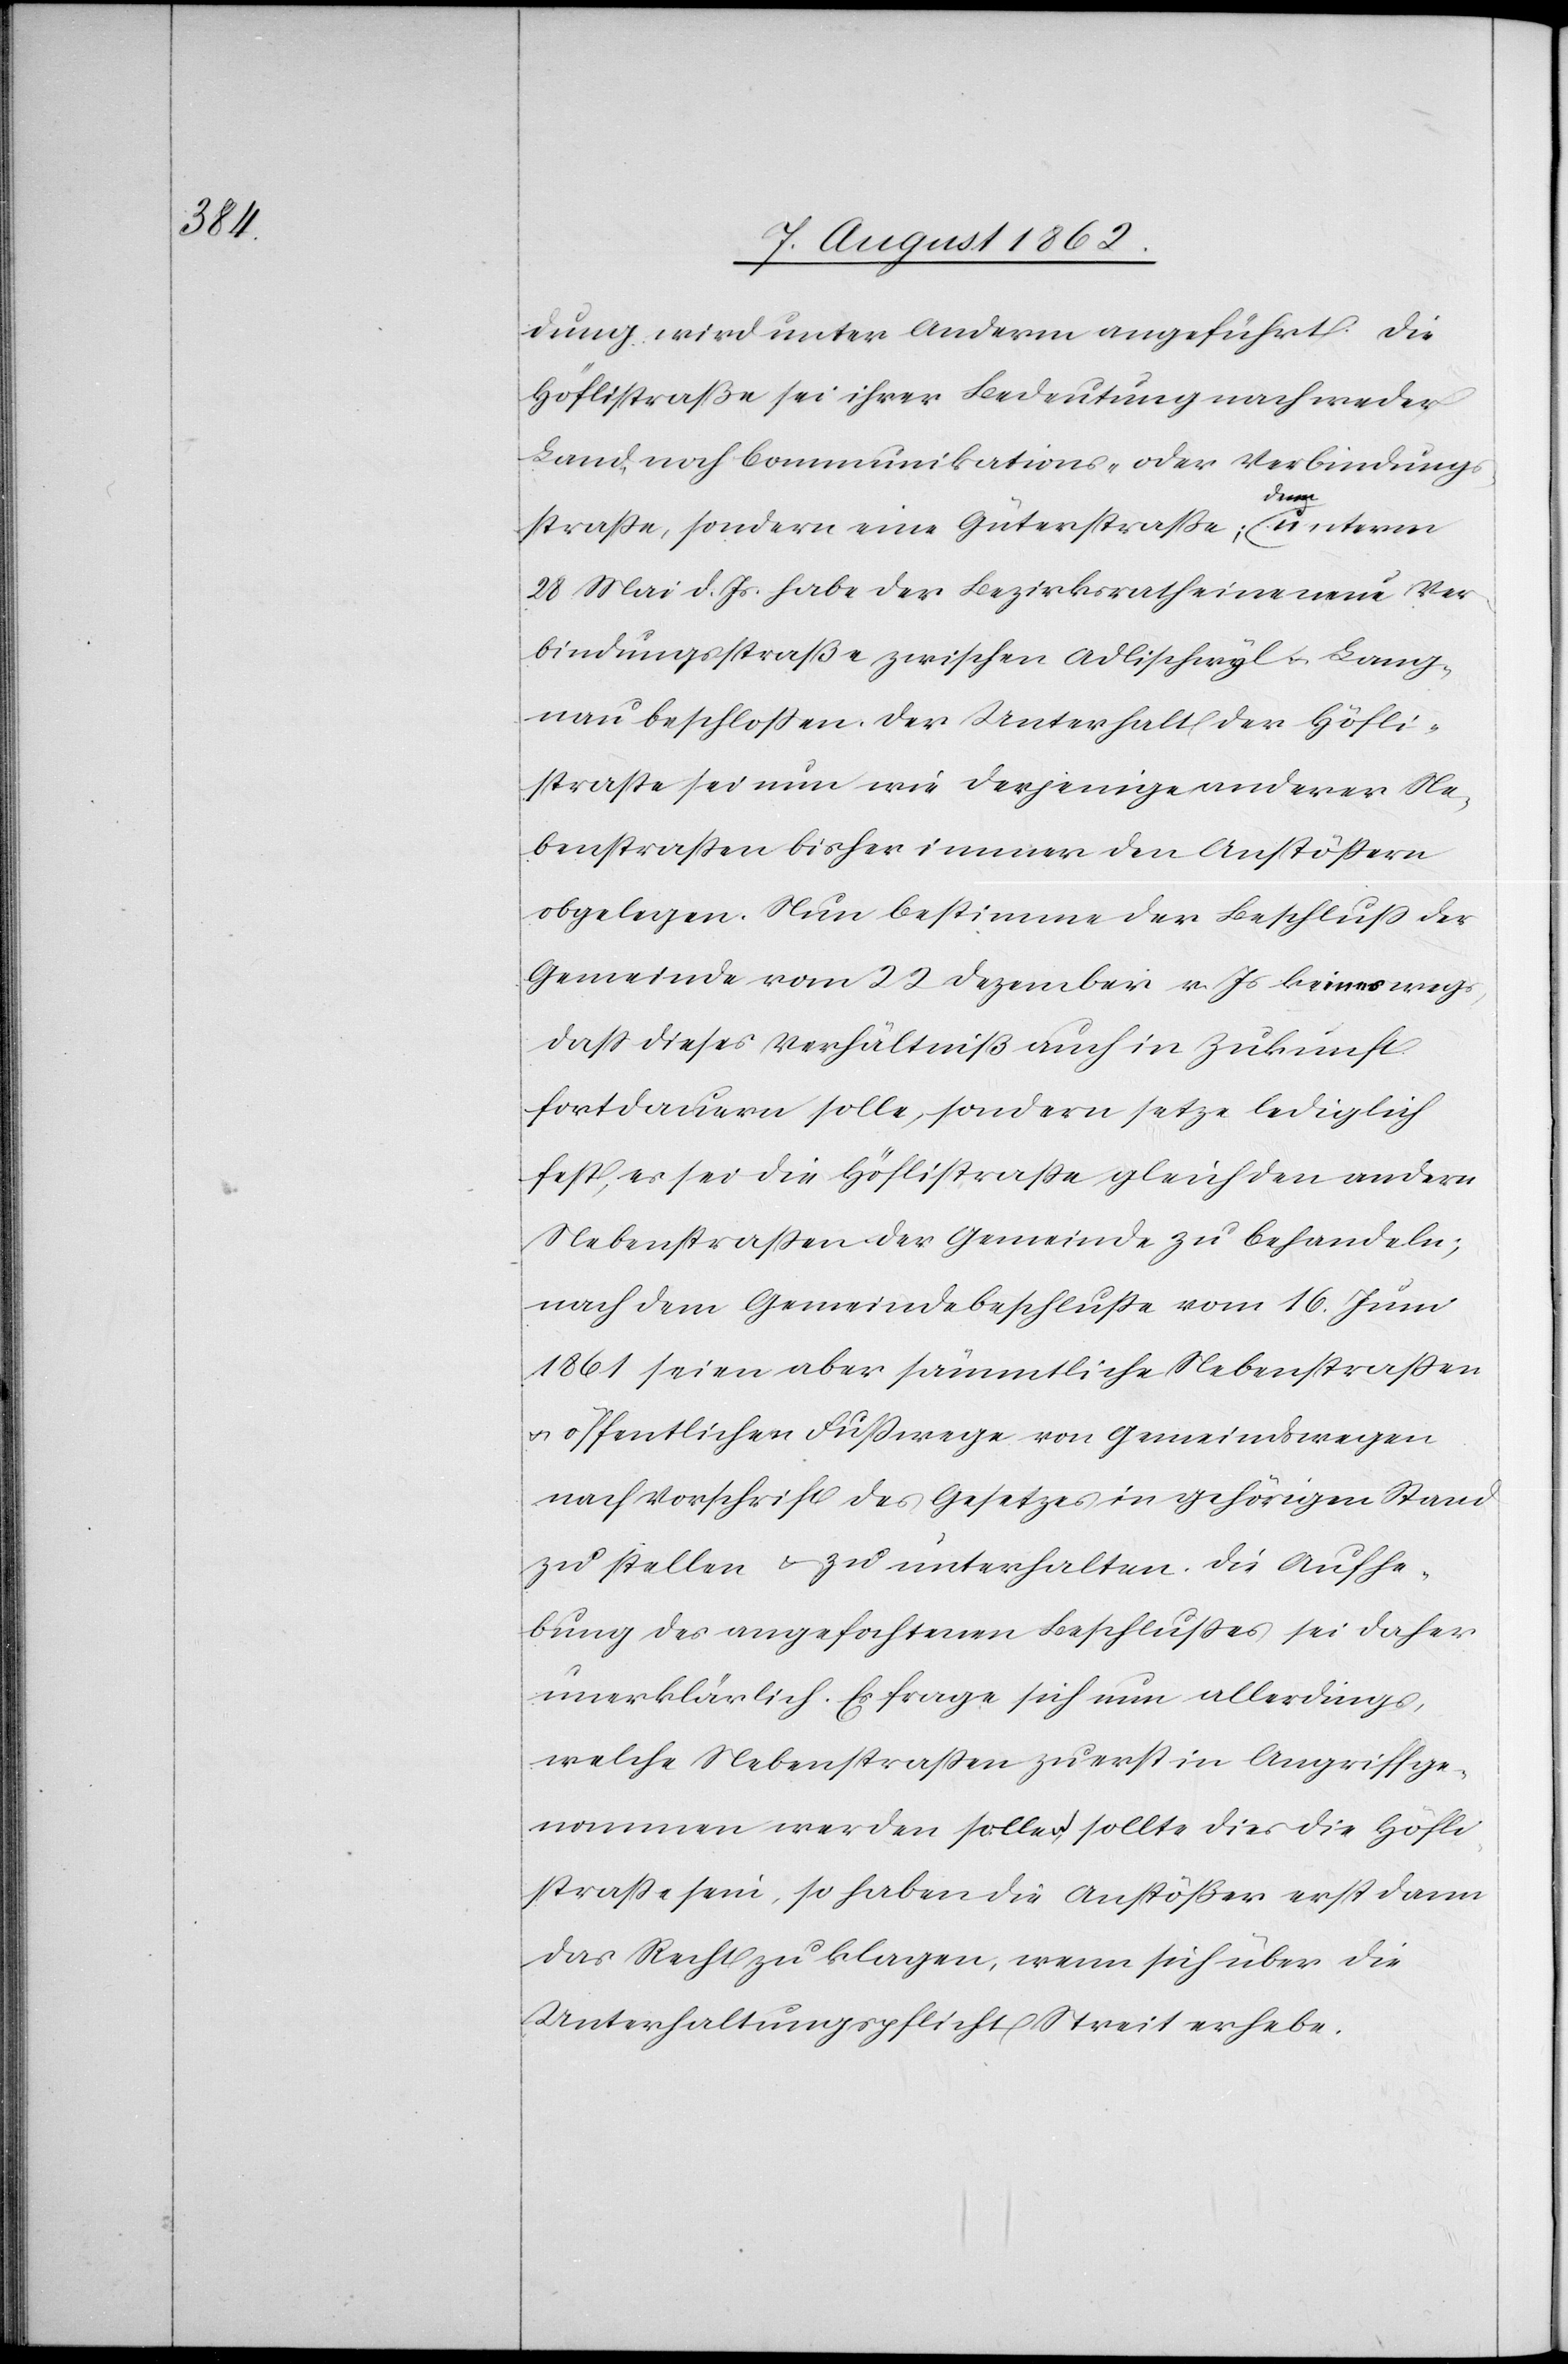
dung wird unter Anderm angeführt: Die
Höflistraße sei ihrer Bedeutung nach weder
Land- noch Communikations- oder Verbindungs¬
straße, sondern eine Güterstraße; denn unterm
28. Mai d. Js. habe der Bezirksrath eine neue Ver¬
bindungsstraße zwischen Adlischwyl [sic!] u. Lang¬
nau beschlossen. Der Unterhalt der Höfli¬
straße sei nun wie derjenige anderer Ne¬
benstraßen bisher immer den Anstößern
obgelegen. Nun bestimme der Beschluß der
Gemeinde vom 22. Dezember v. Js. keineswegs,
daß dieses Verhältniß auch in Zukunft
fortdauern solle, sondern setze lediglich
fest, es sei die Höflistraße gleich den andern
Nebenstraßen der Gemeinde zu behandeln;
nach dem Gemeindebeschluße vom 16. Juni
1861 seien aber sämmtliche Nebenstraßen
u. öffentlichen Fußwege von Gemeindswegen
nach Vorschrift des Gesetzes in gehörigen Stand
zu stellen u. zu unterhalten. Die Aufhe¬
bung des angefochtenen Beschlusses sei daher
unerklärlich. Es frage sich nun allerdings,
welche Nebenstraßen zuerst in Angriff ge¬
nommen werden sollen, sollte dies die Höfli¬
straße sein, so haben die Anstößer erst dann
das Recht zu klagen, wenn sich über die
Unterhaltungspflicht Streit erhebe.